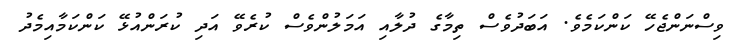
ވިސްނަންޖެހޭ ކަންކަމެވެ. އަބަދުވެސް ތިމާގެ ދުލާއި އަމަލުންވެސް ކުރެވޭ އަދި ކުރަންއުޅޭ ކަންކަމާއިމެދު